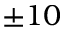
± 1 0